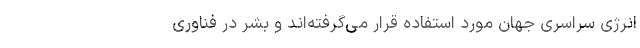
انرژی سراسری جهان مورد استفاده قرار می‌گرفته‌اند و بشر در فناوری